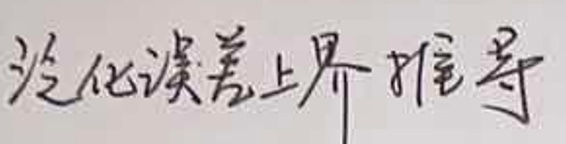
$\nabla $优化误差上界推导